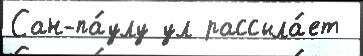
Сан-па́улу ул рассыла́ет